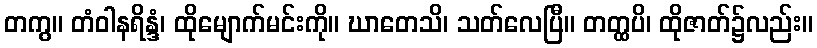
တကွ။ တံဝါနရိန္ဒံ၊ ထိုမျောက်မင်းကို။ ဃာတေသိ၊ သတ်လေပြီ။ တတ္ထပိ၊ ထိုဇာတ်၌လည်း။